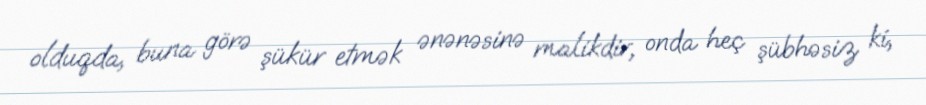
olduqda, buna görə şükür etmək ənənəsinə malikdir, onda heç şübhəsiz ki,